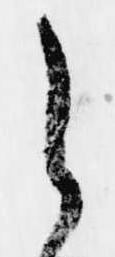
之